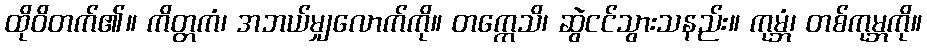
ထိုဝိတက်၏။ ကိတ္တကံ၊ အဘယ်မျှလောက်ကို။ တက္ကေသိ၊ ဆွဲငင်သွားသနည်း။ ကုမ္ဘံ၊ တစ်ကုမ္ဘကို။